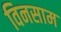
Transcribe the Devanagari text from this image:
विनसाम